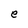
Character: e